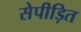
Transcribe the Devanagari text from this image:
सेपीड़ित